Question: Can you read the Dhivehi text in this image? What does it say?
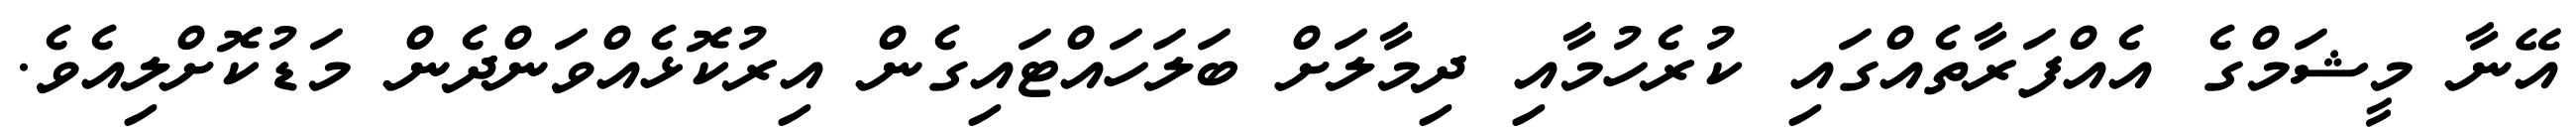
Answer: އޭނާ މީޝަމްގެ އެއްފަރާތެއްގައި ކުރެހުމާއި ދިމާލަށް ބަލަހައްޓައިގެން އިރުކޮޅެއްވަންދެން މަޑުކޮށްލިއެވެ.